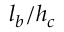
l _ { b } / h _ { c }